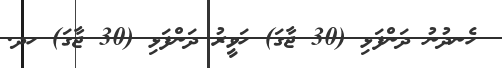
ހެނދުނު ދަންފަޅި (30 ޖާގަ) ހަވީރު ދަންފަޅި (30 ޖާގަ) ހދ.